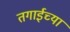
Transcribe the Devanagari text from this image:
तगाईच्या